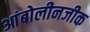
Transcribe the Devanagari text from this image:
आंबोलीनजीक